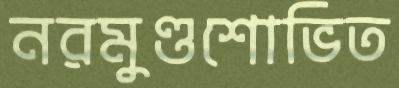
নরমুণ্ডশোভিত